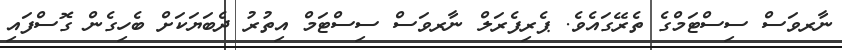
ނާރވަސް ސިސްޓަމްގެ ތެރޭގައެވެ. ޕެރިފެރަލް ނާރވަސް ސިސްޓަމް އިތުރު ދެބަޔަކަށް ބެހިގެން ގޮސްފައި